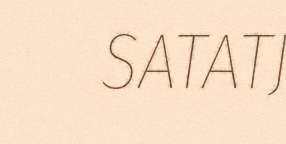
SATATJ